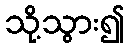
သို့သွား၍